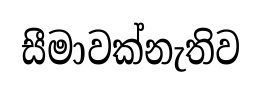
සීමාවක්නැතිව